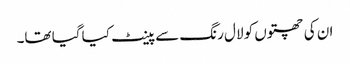
ان کی چھتوں کو لال رنگ سے پینٹ کیا گیا تھا۔